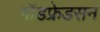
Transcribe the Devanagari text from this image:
गॉडफ्रेडसन